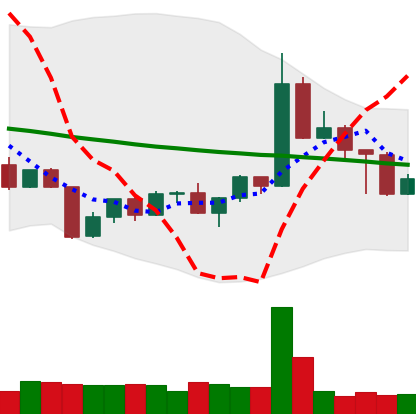
Ticker: TRX-USD
Chart end date: 2022-04-27
Forward return: 8.807%
Label: up_7plus